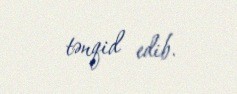
tənqid edib.